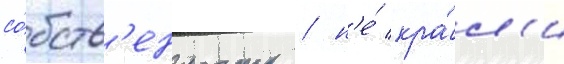
со́бств'енность / н'е́ кра́л'и